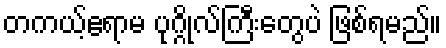
တကယ့်ဧရာမ ပုဂ္ဂိုလ်ကြီးတွေပဲ ဖြစ်ရမည်။